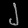
Digit: ၂